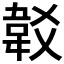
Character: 𩎔